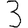
Digit: 3